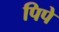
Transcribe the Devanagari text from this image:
पिपे